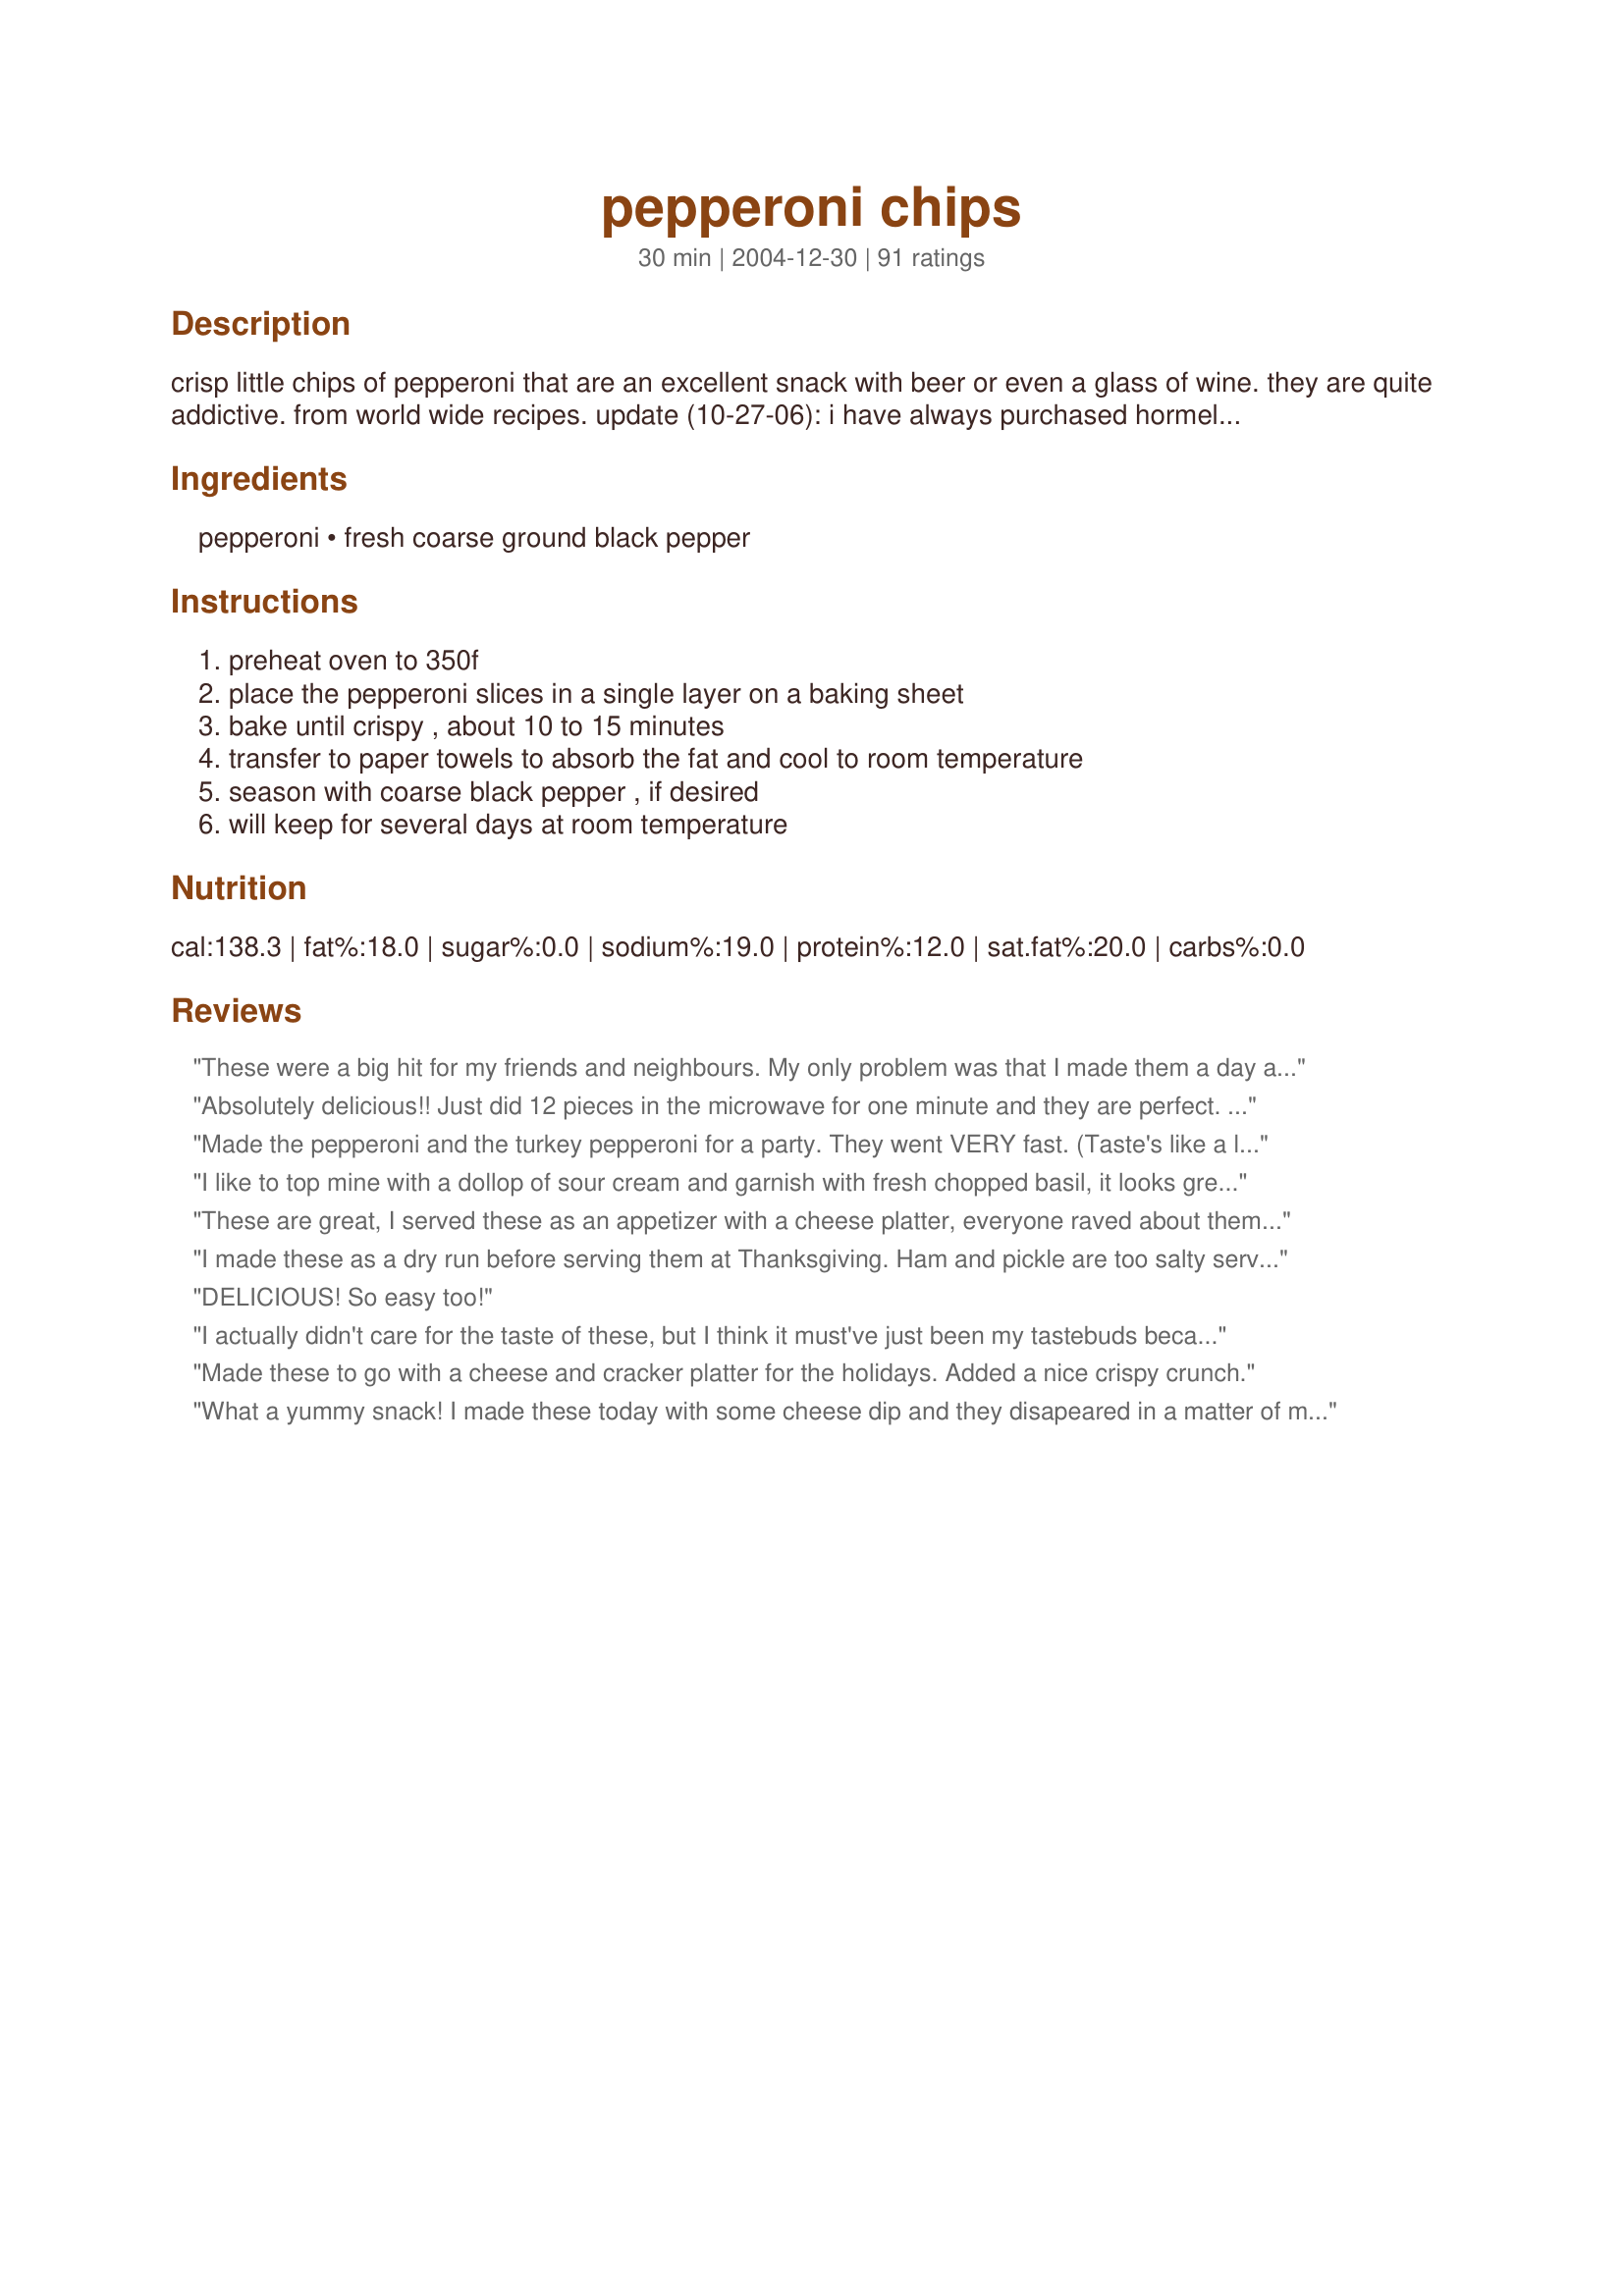
pepperoni chips
Preparation time: 30 minutes

crisp little chips of pepperoni that are an excellent snack with beer or even a glass of wine. they are quite addictive. from world wide recipes.
update (10-27-06): i have always purchased hormell pepperoni, but recently tried an off brand and found that they burned very quickly when i baked them. the length of time for baking will depend on your oven and the pepperoni. you will need to adjust to find the proper time for you...it could be up to 20 minutes.

Ingredients:
pepperoni, fresh coarse ground black pepper

Steps:
preheat oven to 350f, place the pepperoni slices in a single layer on a baking sheet, bake until crispy , about 10 to 15 minutes, transfer to paper towels to absorb the fat and cool to room temperature, season with coarse black pepper , if desired, will keep for several days at room temperature

Reviews:
These were a big hit for my friends and neighbours. My only problem was that I made them a day ahead and they didn't all stay crisp... some flagged and were limp. (I thought I could just keep them in a tupperware-like container.) But, the taste was lively and peppery and they did get eaten up! I can't find Hormel in the UK, I just used Sainsbury's own brand and they required just about 12 minutes in the oven. It's a good idea for a snack. I will definitely do again, just not ahead of time. Thank you, ms_bold.
Absolutely delicious!! Just did 12 pieces in the microwave for one minute and they are perfect. Who knew something soooo simple could be so goooooood!!
Made the pepperoni and the turkey pepperoni for a party. They went VERY fast. (Taste's like a little bite of bacon) Just a wonderful dish to put on the side tables during a party.
I like to top mine with a dollop of sour cream and garnish with fresh chopped basil, it looks great and adds the smooth coolness this appetizer needs!
These are great, I served these as an appetizer with a cheese platter, everyone raved about them.Served it with some crusty bread.Thank You!!!
I made these as a dry run before serving them at Thanksgiving. Ham and pickle are too salty served together. Another reviewer said to use hard salami, although once it comes to room temperature, the salami become greasy and unappetizing.
DELICIOUS! So easy too!
I actually didn't care for the taste of these, but I think it must've just been my tastebuds because everyone else really enjoyed them. They were very quick and easy to make.
Made these to go with a cheese and cracker platter for the holidays. Added a nice crispy crunch.
What a yummy snack! I made these today with some cheese dip and they disapeared in a matter of minutes. Thanks for posting such an easy but different snack idea. :)
These are very good. I didn't bake as long as it called for, and they are VERY crisp. I'm diabetic; wanting a snack; did these with some cherry tomatoes!! Delish.
A big hit in my house. Like other reviewers I use the microwave and they turn out great. Two minutes in my microwave is perfect. I cook them on the bacon rack so the grease will drain away. Without all the fat and grease they are crispy and very tasty.
these were really good and something different.
Very good. This recipe is a reminder to know your oven and keep an eye on it. Literally a minute or less can define the outcome. That being said, I love this. Super easy and super good. After playing around a bit I find fresh ground black pepper and a light bit of garlic salt sprinkled on beforehand my fave. Sometimes but not always when done I sprinkle a lite dusting of parmesan on also. Works for me.
I thought that these were good. I used Turkey Pep, so that may be why I didn't find them great. Blotting with paper towels and peppering them made them a pretty good hit at my WINOS party (Menu #8429).
I had some pepperoni left over from making pizza and wasn't sure what I was going to do with it. I had company pop in and needed to make some munchies for the game and decieded to try this. We all absolutely loved these. I wished I had more pepperoni to double or triple this recipe. Fantastic, so good. thank you for posting
I've made this several times already and realized that I forgot to review it. This is terrific! I love the fact that there is only one ingredient! A fast and tasty appetizer. I've tried this with Genoa salami too and it works very well with that too Thank you for posting this recipe!!!
This will be in my lunch box every day!!! I will try the turkey pepperoni next time to cut the fat. These were like my favorite part of a pizza, the crispity pepperoni!! Great low carb snack!!!
So simple.....so tasty! I love how baking these and then putting them on paper towels seems to make them so much less fatty! Pepperoni normally bothers my stomach, but I can eat these with no problem. Great snack for people who are carb watching.....which we should ALL be doing!
This is a great recipe and what a great snack or addition to a party table......Thanks
Excellent for a quick and easy snack. We are eating them as I type. Thank you.
These did not work well for me. I found them a little too salty on their own.
I make these in the microwave on some paper towels. (Just a few when the mood strikes. These are not for sharing! ;))
I used turkey pepperoni and ate them with leftover pizza sauce. I liked them, but nobody else did.
This is such a fast, easy and tasty snack! I also turkey pepperoni and baked them for about 20 minutes. Delicious and addictive! Thanks for posting this recipe ms bold, we loved these chips :)
These are yummy... I used Kroger brand turkey pepperoni and only baked them for 10 minutes. I sprayed the pepperoni lightly with non-fat cooking spray and then sprinkled fresh cracked pepper on them before baking. Next time I think I might just bake for 5 minutes and then take them out and sprinkle the pepper because the natural fats will pool on the top and make the pepper stick.
This was fantastic. I could hear our arteries slammin&#039; shut! I baked both the pepperoni and salami at the same time and both came out perfect. Thanks
Simply delicious! Great low carb snacking--and yes quite addicitve.
I made these for our annual Christmas party and everyone liked them. I've made them several times now and I always sprinkle with black pepper and a small amount of red pepper before baking for some extra kick.
Took these for a morning tea at work and they vanished into thin air. Everyone raved about them. Gave the recipe to others and they all went home and are making them for their families. Easy to do, tasty...my kind of recipe. Will try in the microwave to see how they come out.
Yum! So simple and delicious. I used the fresh ground black pepper - great touch! Thanks for sharing!
Made this easy recipe to take to a Christmas Eve party. Everyone liked them. Someone brought mini burgers and everyone put a pepperoni chip on them and said it made a great burger topping too. 

Thanks ms.bold. 

Bullwinkle
A great snack! I cooked the first batch 20 minutes, and that was way too long. Next batch was 15 minutes, better. Will try 10 minutes next time. I recommend checking for doneness every 5 minutes. This is a great alternative to chips and crackers.
Very easy and fun! Thanks
I make mine in the microwave on high for 30 seconds and sprinkle a bit of cayenne pepper on for a bite. These are great for low carbers.
We tried this today and enjoyed it. We bought Boar's Head Pepperoni and got it sliced on 1. I think next time it should be sliced on 2. Also we used blue cheese dressing as a dip. Very yummy.
Great when you need something crunchy (besides nuts) on South Beach. I have used regular & turkey pepperoni & can't tell a big difference other than the grease amount. Be sure not to overcook, or you get something that my DH says tastes like "burnt bacon," lol. :) Thanks, ms bold!
Could I be any more in love with these? Thanks so much- I would have never thought to make this!!!! YUM!
I grew up on these! we used to make them in the microwave by placing the pepperoni on a plate on top a few layers of paper towels to absorb the grease. Just nuke em until they're crispy... maybe even a little burnt! They're awesome! Since they have a bit of a kick to them, i love to eat them with cream cheese... double yummm!
You can also get the same crunch by putting the pepperoni on a plate with a double layer of paper towels and microwaving it. The time depends on how many pieces and how powerful your microwave. I normally do 3-4 of the larger slices for about 30 seconds. <br/><br/>I love my crunchy pepperoni and add it to almost everything. I crumble it in refried beans, on top of baked potato soup, or just add the whole slices to grilled cheese sandwiches to add a little meaty taste. :)
Yum! Outrageous snack. Very crunchy. I put on platter with cheese cubes. Great combination and really pretty!
I LOVE these chips! When you are on a low-carb diet and need something salty and crunchy..these fit the bill! Terrific used in place of chips with any dip!
Outstanding! I noted that my son and husband always picked the pepperoni off the pizza before they ate it so I thought I'd give this a try. The gobbled it up! I did omit the pepper... just a personal preference. Made for All New Zaar Cookbooks Tag.
Great snack! 20 minutes was just right in my wacky oven. Thanks for posting.
I made about 20 of these today and they're great. I sprinkled on the pepper before rather than after (wasn't thinking), would this change the recipe? Not sure but I enjoyed them. Cooked them for the suggested time and they were nice and crisp. Think I will cook them for just a little less though next time as I think I would prefer them that way. Also, I will leave out the pepper as it was just a tad too spicy for my taste buds. Still, a great and VERY easy snack. Thanks!
Mmm...almost tastes like bacon! I love it.
I know you don't need another review but, WOW, are these addicting. I cook them in the microwave and have used regular, turkey and store brand pepperoni and all came out delicious. My son decided to add a thin slice of sharp cheddar on top once and that was even better! Thanks!
These are fantastic! And the best part is that dh doesn't eat pepperoni so they are all mine. ;)
One of my all time favorite snack foods....I love mine microwaved and then spread a little cream cheese on each one.

I have tried different pepperoni also like author mentioned and I find that Emeril's dry salami is excellent in this recipe.
Oh, goody!
OMG amazing! Dipped mine in sour cream
I turned my back for a minute and these were gone!!

Have to question the timing, though. I decided (fortunately!)to check them at the 15-minute mark, and they were beginning to smoke.




When I first saw this recipe, I thought "how is it this never occurred to me?" as the crispy pepperoni's are my favorite part of pizza! I have to say, though, that the first time I made these, I wasn't happy with them as they were much too crispy for me, and it somehow lost the pepperoni taste that I so love. I made them twice more, and finally decided that a cook time of 8 minutes was perfect for my tastes. I like them to have just a bit of a "meaty" center with crispness around the edges, which is what I got. And I LOVE the addition of the pepper! Thanks for a nice snack recipe.
What an easy, quick, tasty snack! You're right---they are addictive little things. Thanks!
Sometimes the simplest things turn out the best. I have been meaning to make these for AGES and my 11th annual 29th birthday party was just the excuse I needed. I prepared two packages of sliced pepperoni and they were gone witin a half hour devored by ten people. I prepared a third package I had bought as a back up and everyone was waiting by the oven door waiting for the timer to go off! I will make these for every party I have from now on. I may try some taco seasoning sprinkled on top next time for some variety. I took Daydasa's suggestion and made an individual serving of ten slices for myself in the microwave and they cooked up just as nicely in the microwave after about thirty second on paper towels.
These were great. My first batch got a little burned. It only took about 15 minutes in my gas oven, using the small hormel pepporoni pieces. I served it with a plate of cheese and crackers.
So glad I happened to stumble on this recipe here! I had read it last fall and tried it over the holidays. The pepperoni lovers thought it was great, especially one of my grandsons. I didn't season with pepper though, thought it was spicy enough.Glad to have the chance to review it!
What a delicious low fat, low carb snack! I followed the recipe as stated using the turkey pepperoni and these chips turned out great! Baking time of 20 minutes was perfect. I forgot to put the cracked pepper on the first batch, but they were still tasty! Thanks for sharing this recipe which I know I will be making often!
we like ours extra crunchy, so we leave it in a bit longer. This is a favorite snack for the kids and great for adding to the lunchbox!!!!
mmmm, used the microwave, it took 2 minutes in my microwave to get them crispy. I will pass this recipe on to my low-carb sister. This is a good crispy snack for low carbers.
Just really didn't like, sorry. DH said they were really strongly flavored. I only made a few to try and ended up throwing them out.
I had some bargain pepperoni in the freezer the DH thought he should have, only to discover he didn`t like them.. So, I tried the bake & chip trick. I couldn`t believe the amount of grease that came out of them..I now know why I try never to eat them.. Certainly not a cholestral healthy snack.. However, I do think the chips will get eaten anyway.. Thanks Ms_bold. One more package out of my freezer!!!
Excellent recipe, but for a interesting change, use hard salami. The chips are bigger, and the taste is awesome.
I've always nuked these, but I'll definitely try baking them now. I have also always added shredded cheddar on top beforehand. YUM!
I made these just for me. Yeap..they are great. I made a small batch however still very good and tasty. Loved the pepper taste. I will make over and over till everyone I know has tryed them. Thank You..Hugs
This is a great alternative for those of us low carbing it. I am not sure if those of you without dietary restrictions ;) will be as appreciative of these, but let me tell you - they are great if you are craving something crunchy - besides celery! Thank you!
We made these with Turkey Pepperoni, Love them! They're so easy we make them for every get together with our friends.
So true.......very addictive. Loved them!
These were great even though we used turkey pepperoni. Bet you can't just eat one.
Since I don't eat pork, I used Hormel Turkey pepperoni. I love these. With the turkey pepperoni, there isn't much fat and that is a big plus. The fresh black pepper really adds to them. These are a great "chip" with a bowl of tomato soup. It would also be a beautiful addition to a snack tray.
These are so good and so easy, I tried it with just a few slices in my toaster oven. It did smoke a bit, I only got 4 chips cause DD and DH scarfed the rest! Will make again! And AGAIN!
Fantastic!!! I baked these for 15 minutes and they came out perfect. These were the hit of our fish fry.
I made these for a topping for the pizza salad I made last night and they were fantastic! Will make often, thanks!
Very tasty snack!
I could hardly wait for these to cool down to try them. I just made a small batch in my toaster oven so I wouldn't have to heat up the kitchen. I used turkey pepperoni and they were absolutely delicious.
this was a funny appetizer as half my guests loved it and half didn't like it at all. so you see you can't please all the people all the time. very easy to do.
We love these!! My DH is always asking when we can have them again, so they've just been added to the Thanksgiving menu!! Thanks for posting!
Super easy and tasty. The simple addition of freshly ground black pepper adds a nice kick. Used turkey pepperoni that is 70% less fat and did not find that the cooking time needed to be altered. Still put them on paper towels after cooking to catch any bits of grease and there was a little but not much. These crisp up nicely after they cool down.
I really liked these. I am on a low carb diet and these are great instead of crackers. I used them as scoopers for pimento cheese and brie. Very good substitute. I did notice mine got softened when I put them in a plastic bag for storage. Just eat them all.ha
Excellent! Thanks for the great tasting snack.
These were the greatest. Everyone thought they were fried because they were so crisp. No one ever had pepperoni like these and were very happily surprised. Very very good and I like the spicy bite from the pepper.
These taste like very crisp spicy bacon. I think I will try the turkey pepperoni next time as thiese really were quite greasy. I cooked about 20 minutes and felt some were overcooked so a little less on the cooking time as well.
I won't rate this yet, because I used turkey pepperoni. It does not work well with turkey pepperoni, I think, due to the reduced fat content. I bet these are much better with regular pepperoni. I just wanted to inform others that this just tastes burned with the turkey form. I will definitely try it as written.
Simple way to do something different with the meat & cheese tray. Tastes just like cooked pepperoni on top of a pizza. Made these in the morning, left on the counter at room temp all day and they were fine. Salty, crispy & addicting.
I am rating this for my DD who is 15. I always wondered why I would come home from work and find my cookie sheet with a little puddle of grease in the corner. It was quite some time till I discovered that she was making these pepperoni chips all by herself. She doesn't add the pepper, and we don't have to worry about keeping them for a few days, gone in one sitting!!!!
Just wanted to say that I've been eating pepperoni chips for some while, and I love them.Just for snacking or to even put a little extra something to a sandwich. The only difference with mine is that I put them in the microwave. They crisp up in about a minute. Give it a try. it's great seeing this little quick snack posted. Thanks ms_bold !!
i struggled w/this review cuz of all the 5 stars prior to me but i thought they were just ok :( i love pepperoni and they did get eaten at the party i took them to but i guess i expected more because of the high ratings. SORRY! I DO appreciate the simplicity of the recipe!
I printed this recipe along time ago and can't believe I never rated it! You wouldn't believe how many times we have made these to snack on. Now a days, we just sprinkle with black pepper and pop in the microwave on paper towels for a minute or so...but watch them carefully. This has nearly replaced popcorn for movie watching! Great snack food!
Well I was hoping for a bit more because of all the fantastic reviews. But in the end this is just crispy pepperoni - nothing more, nothing less. My family loves pepperoni, but didn't really care for it prepared this way.
My husband has been doing this for years, he uses the microwave mostly. It does stink out my microwave for a little bit.

My kids like there dad LOVE pepperoni this way.
very good! I popped mine in the microwave for 30 seconds and they were perfectly crispy!
